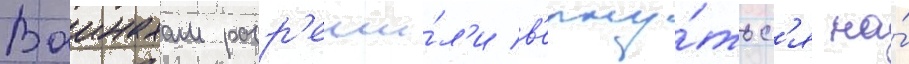
Ваинахам разр'еши́л'и в'ерну́тьс'я на́